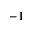
- 1